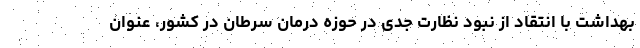
بهداشت با انتقاد از نبود نظارت جدی در حوزه درمان سرطان در کشور، عنوان